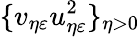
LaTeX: \{ v_{\eta\varepsilon}u_{\eta\varepsilon}^{2}\} _{\eta>0}